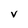
Character: v